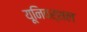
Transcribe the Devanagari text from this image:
यूनिवर्शल